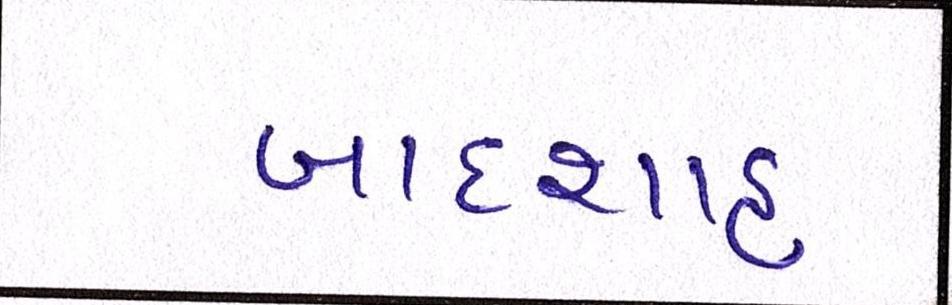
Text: બાદશાહ